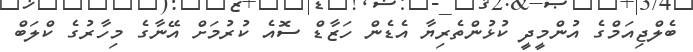
ބެލްޖިއަމްގެ އުންމީދީ ކުޅުންތެރިޔާ އެޑެން ހަޒާޑް ސޮއެ ކުރުމަށް އޭނާގެ މިހާރުގެ ކްލަބް